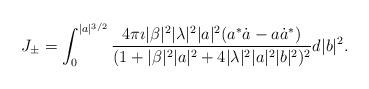
LaTeX: \begin{align*}J_{\pm} = \int_0^{\vert a\vert ^{3/2}} \frac{4\pi\imath\vert \beta\vert ^2\vert\lambda\vert ^2 \vert a\vert ^2 (a^* \dot{a} - a\dot{a}^* )}{(1+\vert\beta\vert ^2 \vert a\vert ^2 + 4\vert\lambda\vert ^2\vert a\vert ^2 \vert b\vert ^2 ) ^2} d\vert b\vert ^2.\end{align*}